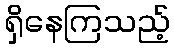
ရှိနေကြသည့်